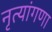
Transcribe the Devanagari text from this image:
नृत्यांगणा